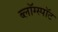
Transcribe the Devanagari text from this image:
ब्लॉग्स्पॉट